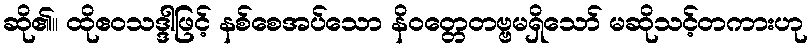
ဆို၏။ ထိုဧဝသဒ္ဒါဖြင့် နစ်စေအပ်သော နိဝတ္တေတဗ္ဗမရှိသော် မဆိုသင့်တကားဟု